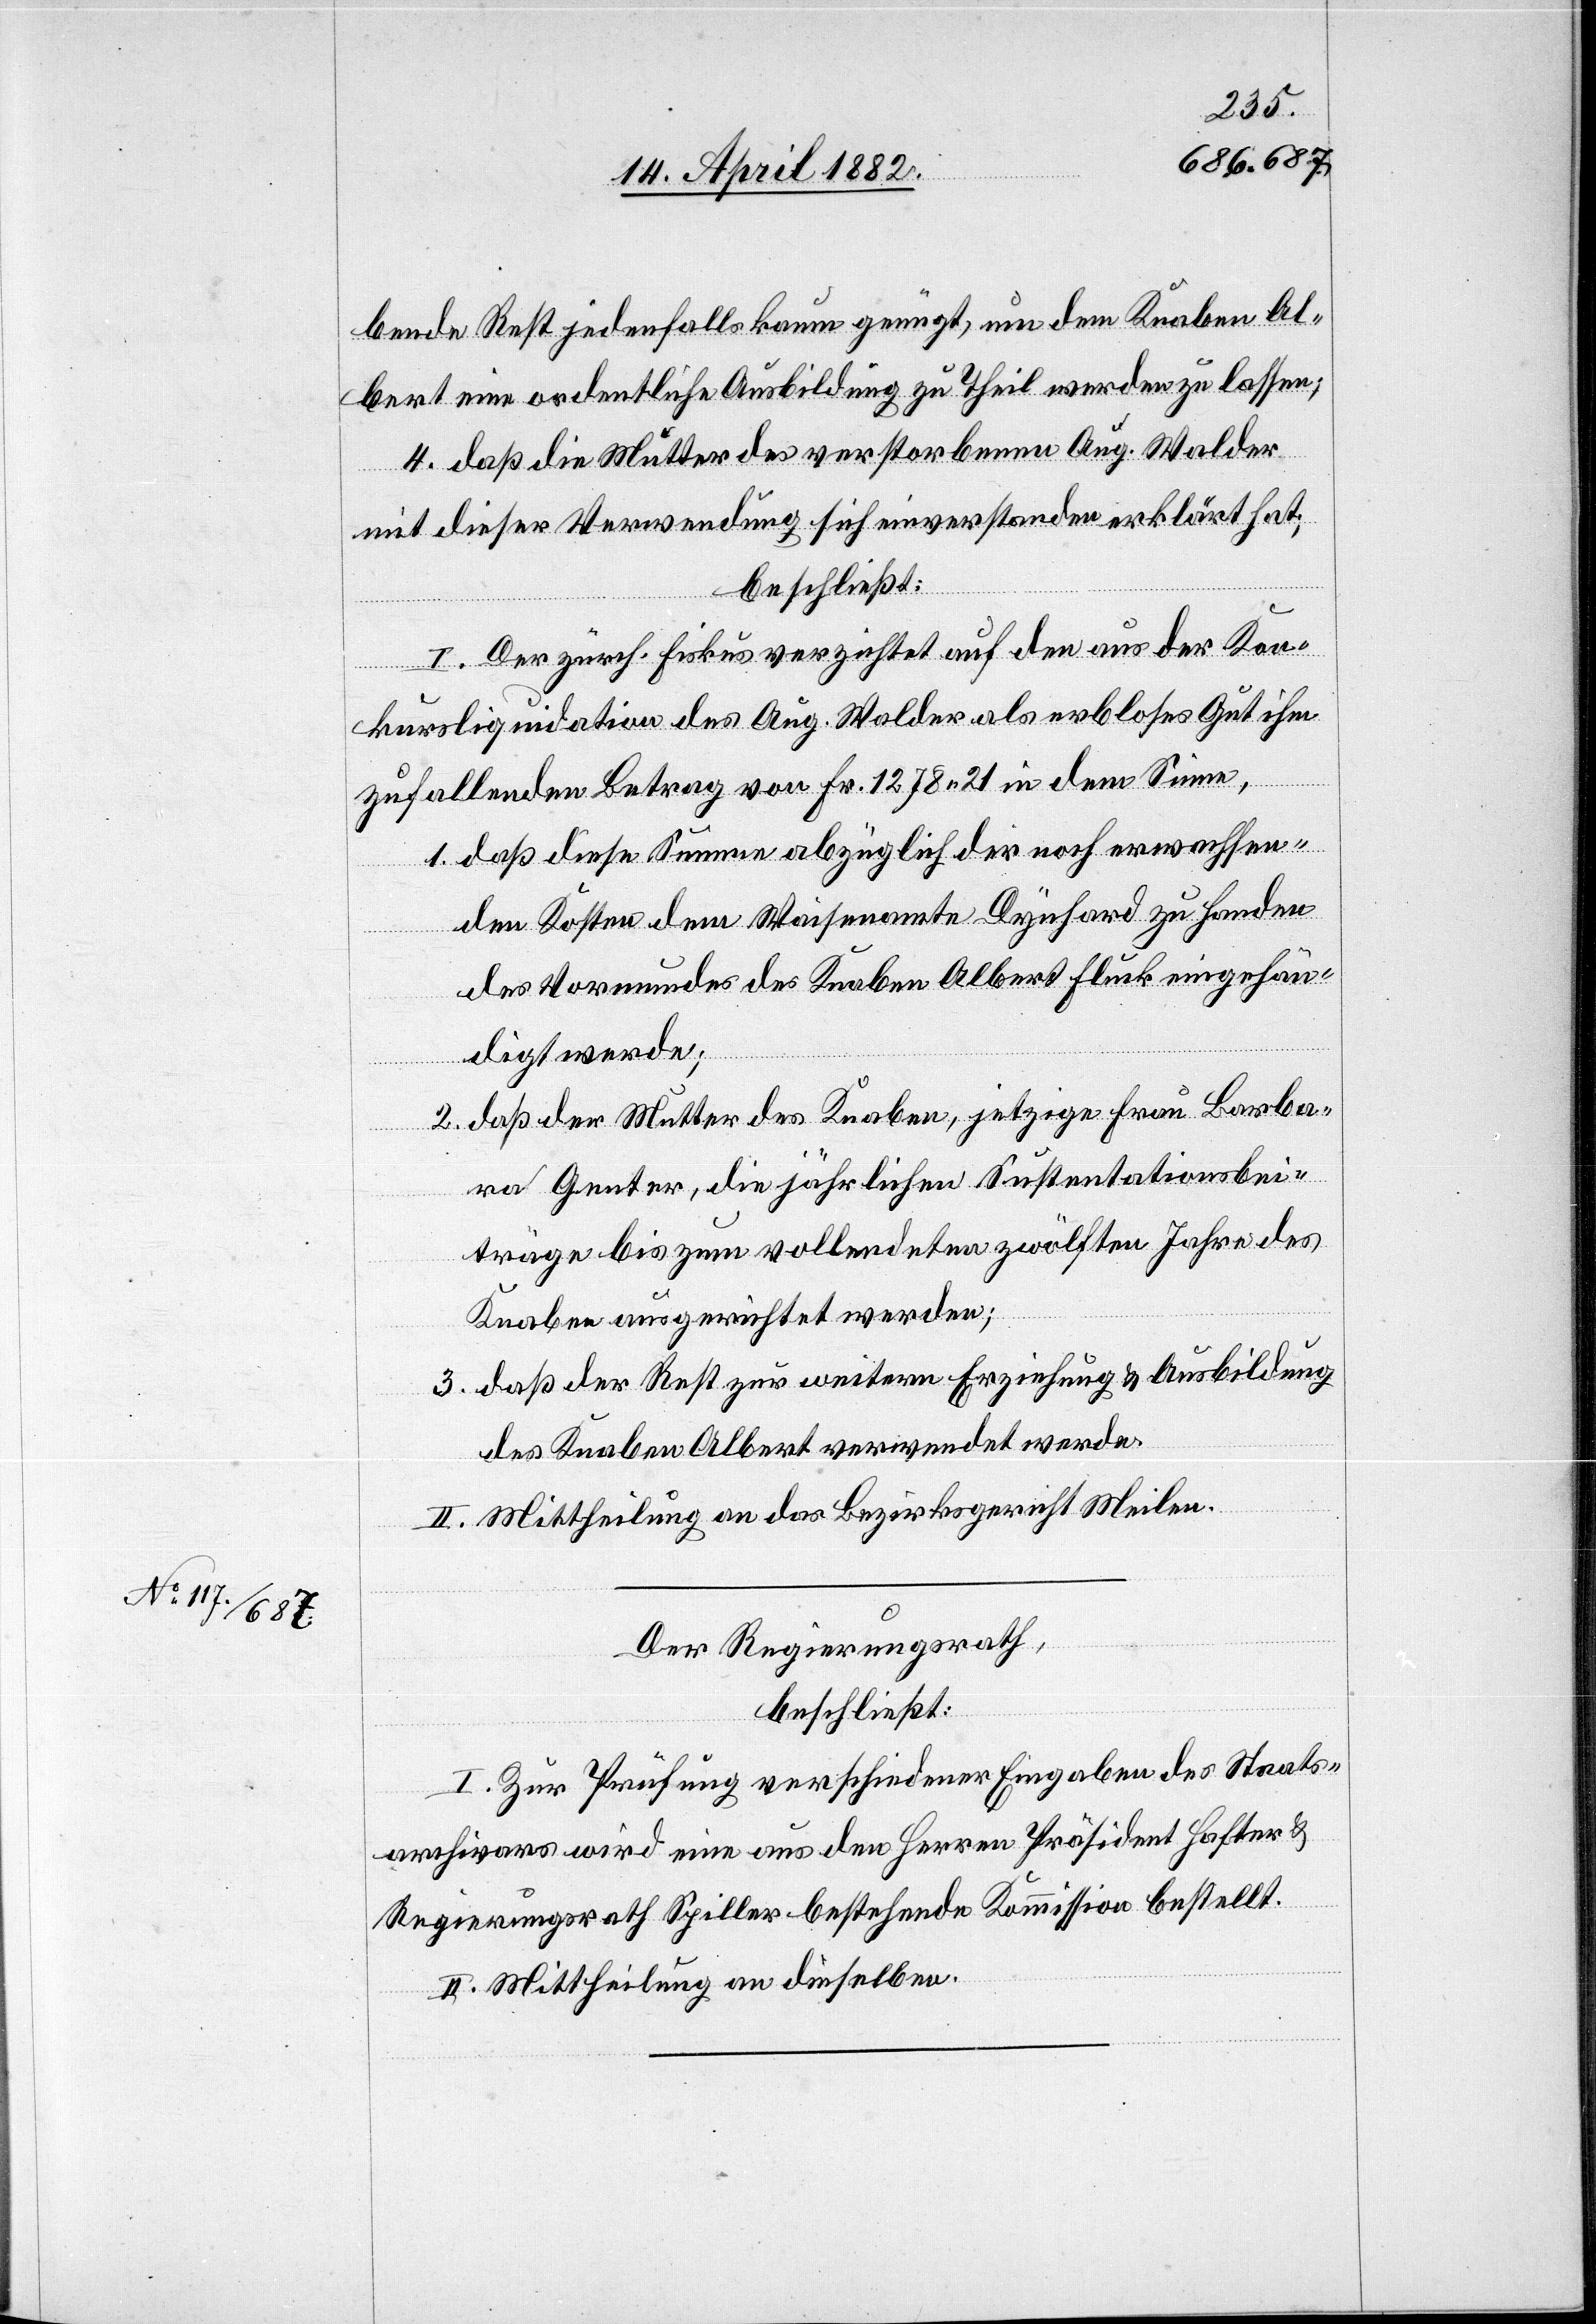
bende Rest jedenfalls kaum genügt, um dem Knaben Al¬
bert eine ordentliche Ausbildung zu Theil werden zu lassen;
4. daß die Mutter des verstorbenen Aug. Walder
mit dieser Verwendung sich einverstanden erklärt hat;
2.
beschließt:
I. Der zürch. Fiskus verzichtet auf den aus der Kon¬
kursliquidation des Aug. Walder als erbloses Gut ihm
zufallenden Betrag von Fr. 1278 21 in dem Sinne,
daß diese Summe abzüglich der noch erwachsen¬
den Kosten dem Waisenamte Dynhard zu Handen
des Vormundes des Knaben Albert Fluck eingehän¬
digt werde;
daß der Mutter des Knaben, jetzige Frau Barba¬
ra Genter, die jährlichen Sustentationsbei¬
träge bis zum vollendeten zwölften Jahre des
Knaben ausgerichtet werden;
daß der Rest zur weitern Erziehung & Ausbildung
des Knaben Albert verwendet werde.
II. Mittheilung an das Bezirksgericht Meilen.
Der Regierungsrath,
beschließt:
I. Zur Prüfung verschiedener Eingaben des Staats¬
archivars wird eine aus den Herren Präsident Hafter &
Regierungsrath Spiller bestehende Kommission bestellt.
II. Mittheilung an dieselben.